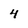
Character: 4